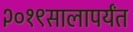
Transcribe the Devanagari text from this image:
२०१९सालापर्यंत